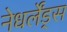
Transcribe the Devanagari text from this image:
नेधर्लेंड्स